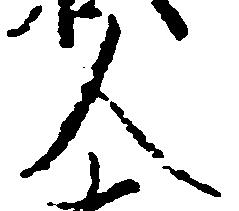
人